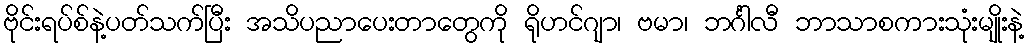
ဗိုင်းရပ်စ်နဲ့ပတ်သက်ပြီး အသိပညာပေးတာတွေကို ရိုဟင်ဂျာ၊ ဗမာ၊ ဘင်္ဂါလီ ဘာသာစကားသုံးမျိုးနဲ့